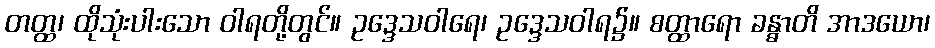
တတ္ထ၊ ထိုသုံးပါးသော ဝါရတို့တွင်။ ဥဒ္ဒေသဝါရေ၊ ဥဒ္ဒေသဝါရ၌။ စတ္ထာရော ခန္ဓာတိ အာဒယော၊